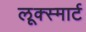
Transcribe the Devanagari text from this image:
लूक्स्मार्ट